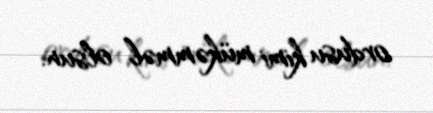
ordusu kimi mükəmməl olsun.